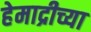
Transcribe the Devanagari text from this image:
हेमाद्रीच्या